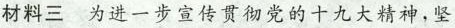
材料三 为进一步宣传贯彻党的十九大精神，坚